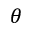
\theta